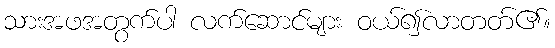
သားအဖအတွက်ပါ လက်ဆောင်များ ဝယ်၍လာတတ်၏။